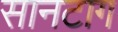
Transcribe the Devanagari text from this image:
सानटाग